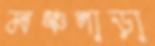
মঞ্চপাড়া